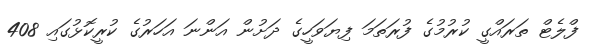
ފްލެޓް ތަރައްގީ ކުރުމުގެ ފުރަތަމަ ފިޔަވަހީގެ ދަށުން އަންނަ އަހަރުގެ ކުރީކޮޅުގައި 408